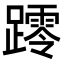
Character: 𨆖